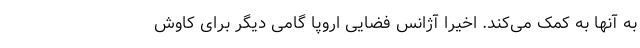
به آنها به کمک می‌کند. اخیراً آژانس فضایی اروپا گامی دیگر برای کاوش